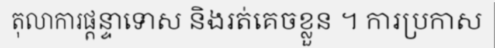
តុលាការផ្តន្ទាទោស និងរត់គេចខ្លួន ។ ការប្រកាស